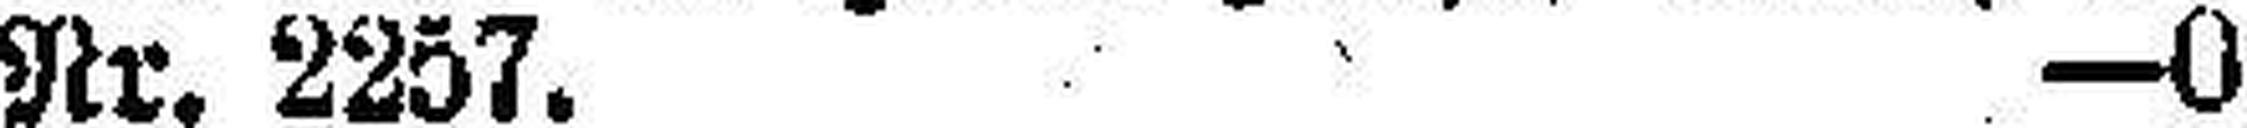
Nr. 2257. —0